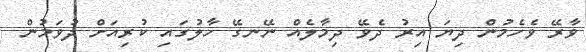
ވާރޭ ވެހެމުން ދިޔަ އިރު ދެވޭ ދިމާލެއް ނޭނގޭ ހާލުގައި ކުރިއަށް ދުވަމުން